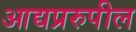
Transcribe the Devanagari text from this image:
आद्यप्ररुपील